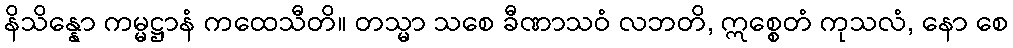
နိသိန္နော ကမ္မဋ္ဌာနံ ကထေသီတိ။ တသ္မာ သစေ ခီဏာသဝံ လဘတိ, ဣစ္စေတံ ကုသလံ, နော စေ